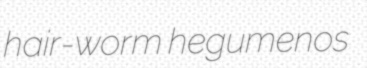
hair-worm hegumenos